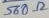
Text: 560Ω